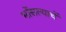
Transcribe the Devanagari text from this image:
भोंसल्याचें